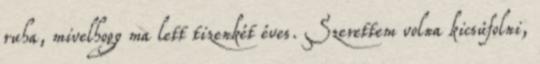
ruha, mivelhogy ma lett tizenkét éves. Szerettem volna kicsúfolni,